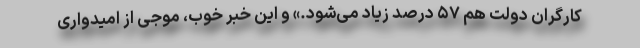
کارگران دولت هم ۵۷ درصد زیاد می‌شود.» و این خبر خوب، موجی از امیدواری